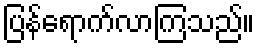
ပြန်ရောက်လာကြသည်။